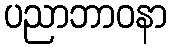
ပညာဘာဝနာ